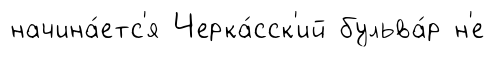
начина́етс'я Черка́сск'ий бульва́р н'е